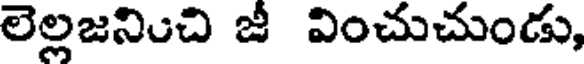
లెల్లజనించి జీ వించుచుండు,